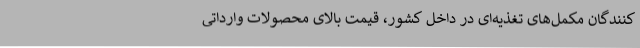
کنندگان مکمل‌های تغذیه‌ای در داخل کشور، قیمت بالای محصولات وارداتی